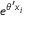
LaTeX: e ^ { \theta ^ { \prime } x _ { i } }